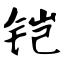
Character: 铠